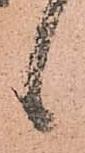
候